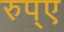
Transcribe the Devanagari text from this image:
रुप्ए